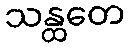
သန္ထတေ